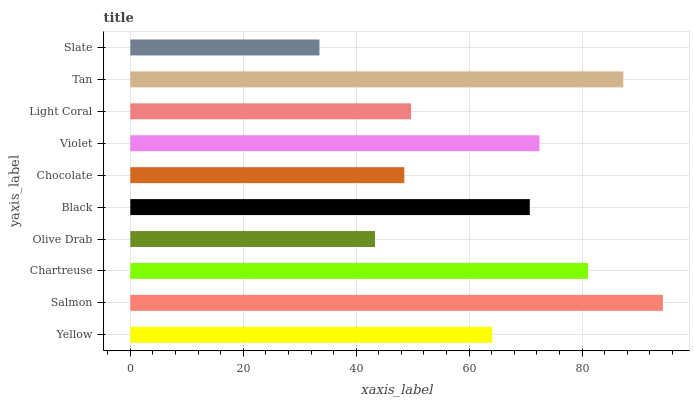
| yaxis_label | bars |
 | --- | --- |
 | Yellow | 64.1 |
 | Salmon | 94.3 |
 | Chartreuse | 81.1 |
 | Olive Drab | 43.3 |
 | Black | 70.7 |
 | Chocolate | 48.5 |
 | Violet | 72.5 |
 | Light Coral | 49.7 |
 | Tan | 87.3 |
 | Slate | 33.5 |